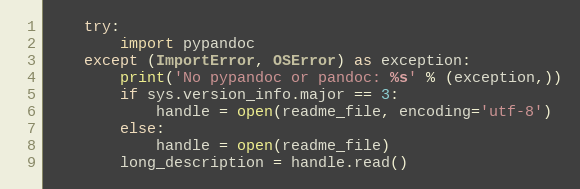
Language: Python
    try:
        import pypandoc
    except (ImportError, OSError) as exception:
        print('No pypandoc or pandoc: %s' % (exception,))
        if sys.version_info.major == 3:
            handle = open(readme_file, encoding='utf-8')
        else:
            handle = open(readme_file)
        long_description = handle.read()